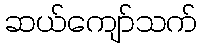
ဆယ်ကျော်သက်